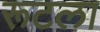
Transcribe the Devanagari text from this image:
रूटला